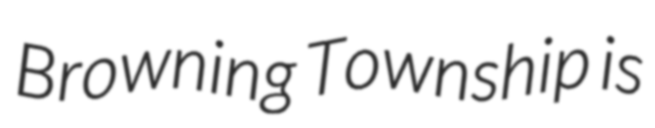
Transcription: Browning Township is